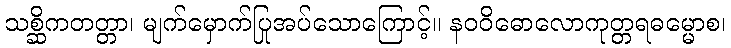
သစ္ဆိကတတ္တာ၊ မျက်မှောက်ပြုအပ်သောကြောင့်။ နဝဝိဓောလောကုတ္တရဓမ္မောစ၊